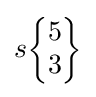
s{\begin{Bmatrix}5\\3\end{Bmatrix}}